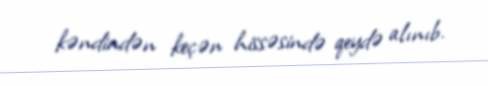
kəndindən keçən hissəsində qeydə alınıb.